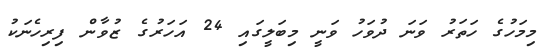
މިމަހުގެ ހަތަރު ވަނަ ދުވަހު ވަނީ މިބަލީގައި 24 އަހަރުގެ ޒުވާން ފިރިހެނަކު